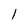
Character: I